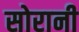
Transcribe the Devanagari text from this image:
सोरानी